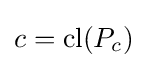
c=\mathrm {cl} (P_{c})